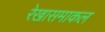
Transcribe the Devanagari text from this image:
रेखासमाकल